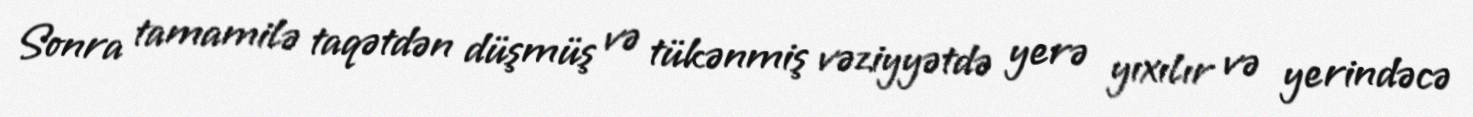
Sonra tamamilə taqətdən düşmüş və tükənmiş vəziyyətdə yerə yıxılır və yerindəcə